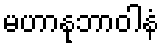
မဟာနုဘာဝါနံ